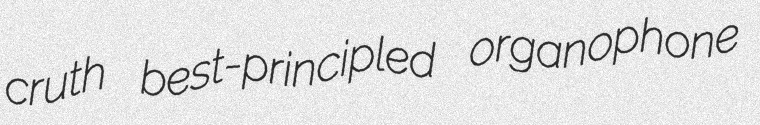
cruth best-principled organophone